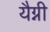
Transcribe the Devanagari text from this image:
यैग्नी